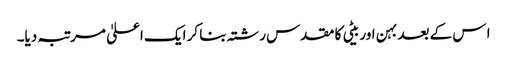
ا س کے بعد بہن اور بیٹی کا مقدس رشتہ بنا کر ایک اعلیٰ مرتبہ دیا۔